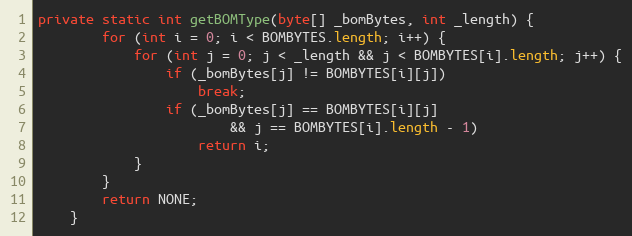
Language: Java
private static int getBOMType(byte[] _bomBytes, int _length) {
		for (int i = 0; i < BOMBYTES.length; i++) {
			for (int j = 0; j < _length && j < BOMBYTES[i].length; j++) {
				if (_bomBytes[j] != BOMBYTES[i][j])
					break;
				if (_bomBytes[j] == BOMBYTES[i][j]
						&& j == BOMBYTES[i].length - 1)
					return i;
			}
		}
		return NONE;
	}